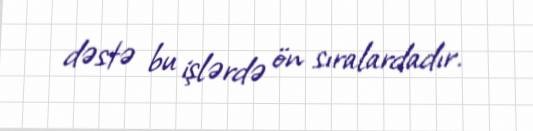
dəstə bu işlərdə ön sıralardadır.